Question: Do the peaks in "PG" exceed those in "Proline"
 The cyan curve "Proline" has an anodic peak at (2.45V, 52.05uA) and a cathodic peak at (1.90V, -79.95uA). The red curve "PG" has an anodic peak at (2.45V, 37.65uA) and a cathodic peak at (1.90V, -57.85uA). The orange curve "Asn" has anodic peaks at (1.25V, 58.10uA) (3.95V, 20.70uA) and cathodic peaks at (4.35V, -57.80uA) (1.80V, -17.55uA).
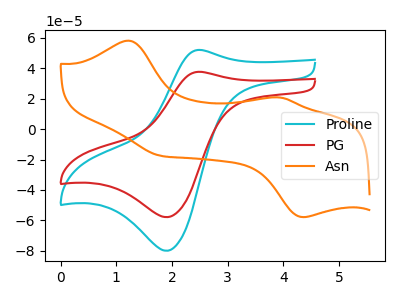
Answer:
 <answer>Every peak in "PG" is lower than every peak in "Proline".</answer>
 <eval>lower</eval>